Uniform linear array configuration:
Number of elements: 64
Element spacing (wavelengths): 0.25
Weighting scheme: hann
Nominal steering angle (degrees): -30
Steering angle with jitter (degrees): -28.997
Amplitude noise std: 0.05
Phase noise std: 0.05

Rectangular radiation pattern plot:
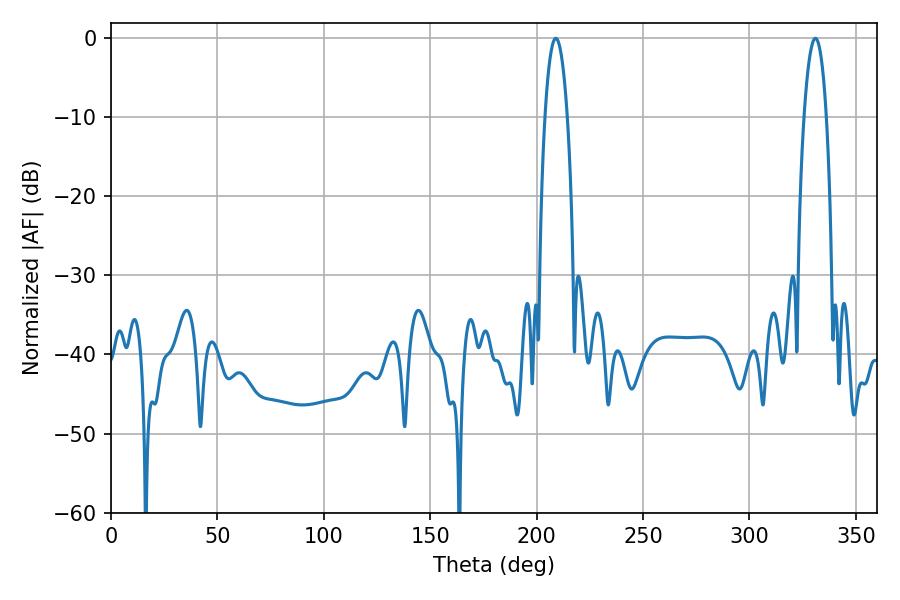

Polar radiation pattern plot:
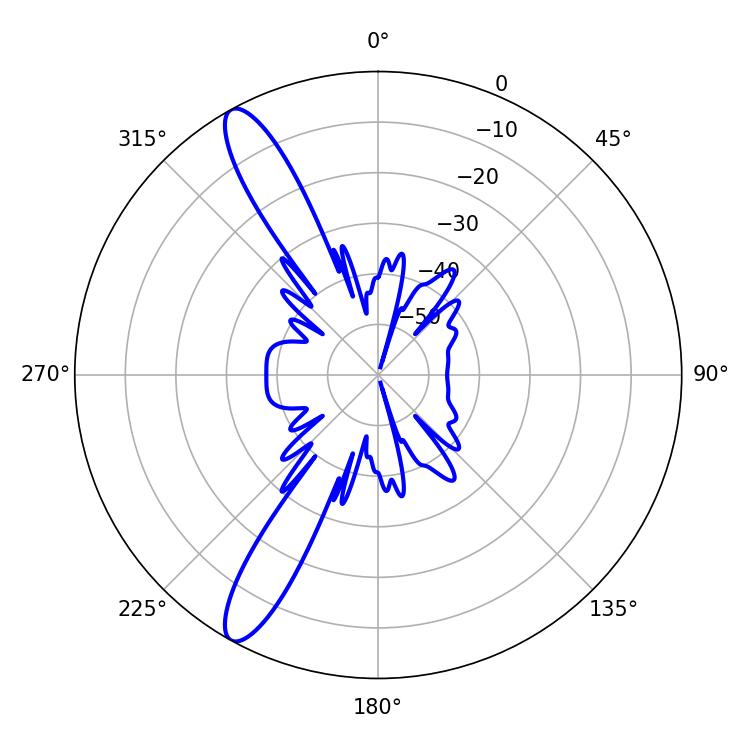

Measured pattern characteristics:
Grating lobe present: FALSE
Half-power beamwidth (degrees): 5.94
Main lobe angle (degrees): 208.98